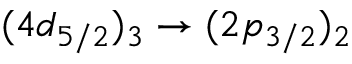
( 4 d _ { 5 / 2 } ) _ { 3 } \rightarrow ( 2 p _ { 3 / 2 } ) _ { 2 }